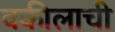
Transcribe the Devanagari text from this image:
वकीलाची